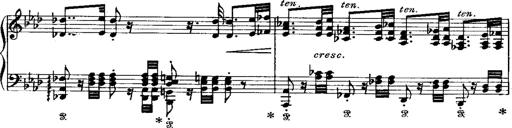
Title: Miserere du Trovatore
Composer: Franz Liszt